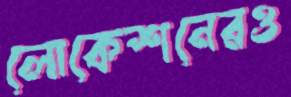
লোকেশনেরও